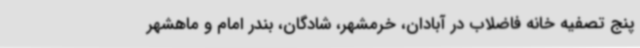
پنج تصفیه خانه فاضلاب در آبادان، خرمشهر، شادگان، بندر امام و ماهشهر